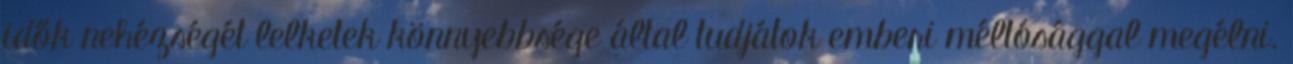
idők nehézségét lelketek könnyebbsége által tudjátok emberi méltósággal megélni.